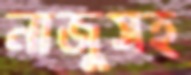
নাজুসহ